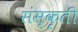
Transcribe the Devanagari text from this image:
संस्कृती